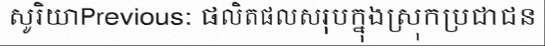
សូរិយាPrevious: ផលិតផលសរុបក្នុងស្រុកប្រជាជន